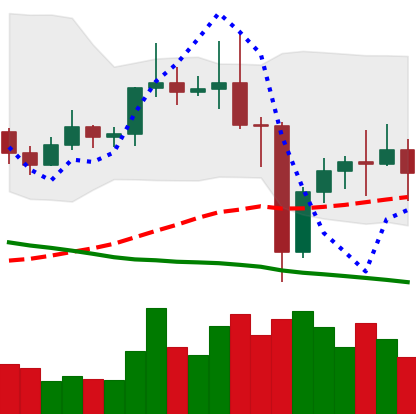
Ticker: ETC-USD
Chart end date: 2020-12-29
Forward return: 14.413%
Label: up_7plus